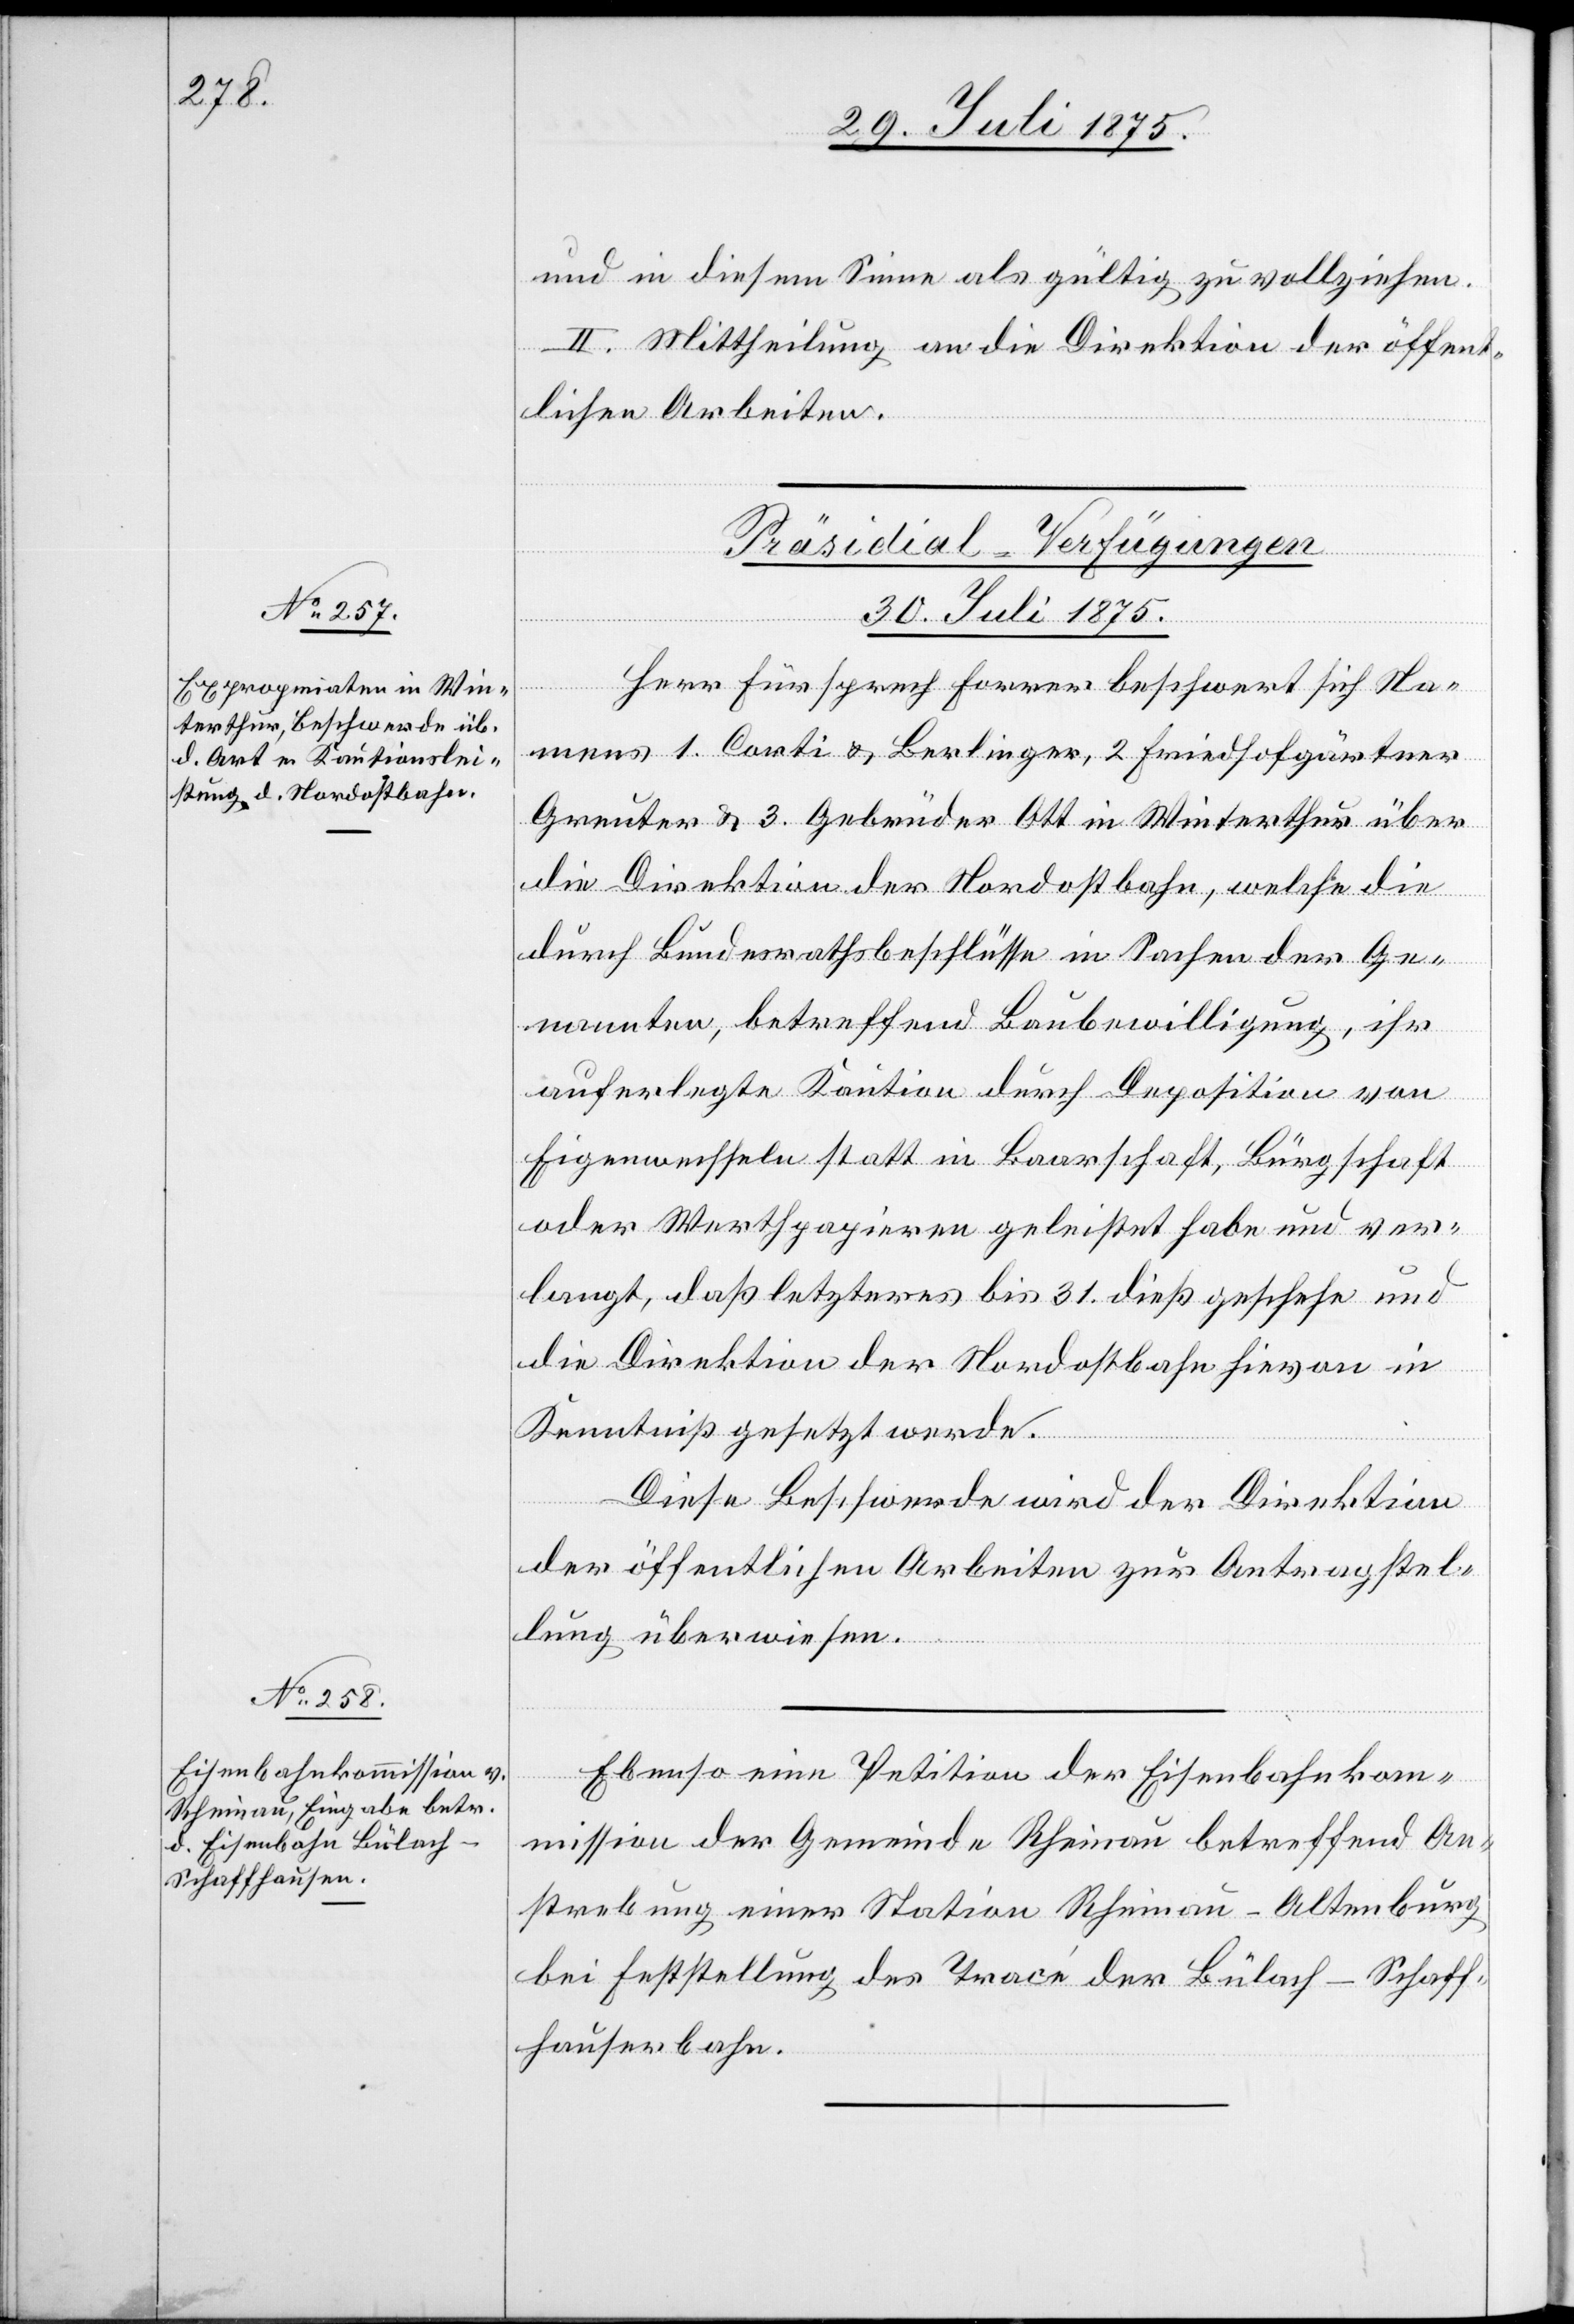
und in diesem Sinne als gültig zu vollziehen.
II. Mittheilung an die Direktion der öffent¬
lichen Arbeiten.
[Präsidial-Verfügungen
30. Juli 1875.]
Herr Fürsprech Forrer beschwert sich Na¬
mens 1. Corti & Berlinger, 2. Friedhofgärtner
Greuter & 3. Gebrüder Ott in Winterthur über
die Direktion der Nordostbahn, welche die
durch Bundesrathsbeschlüsse in Sachen der Ge¬
nannten, betreffend Baubewilligung, ihr
auferlegte Kaution durch Deposition von
Eigenwechseln statt in Baarschaft, Bürgschaft
oder Werthpapieren geleistet habe und ver¬
langt, daß letzteres bis 31. dieß geschehe und
die Direktion der Nordostbahn in
Kenntniß gesetzt werde.
Diese Beschwerde wird der Direktion
der öffentlichen Arbeiten zur Antragstel¬
lung überwiesen.
Ebenso eine Petition der Eisenbahnkom¬
mission der Gemeinde Rheinau betreffend An¬
strebung einer Station Rheinau-Altenburg
bei Feststellung des Trace der Bülach–Schaff¬
hauserbahn.